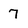
Character: 7